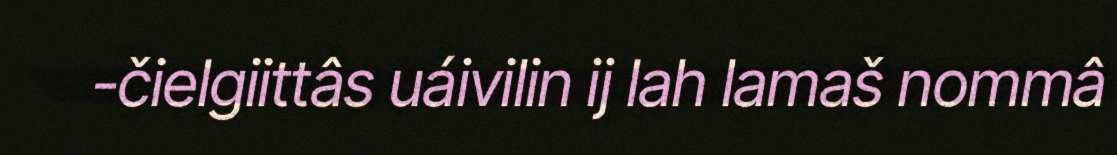
-čielgiittâs uáivilin ij lah lamaš nommâ